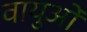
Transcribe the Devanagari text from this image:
वायुओं